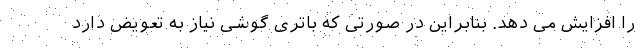
را افزایش می دهد. بنابراین در صورتی که باتری گوشی نیاز به تعویض دارد